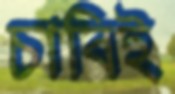
চাবিই